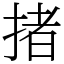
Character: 㨋